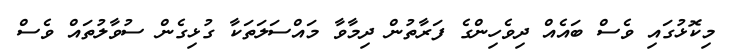
މިކޮޅުގައި ވެސް ބައެއް ދިވެހިންގެ ފަރާތުން ދިމާވާ މައްސަލަތަކާ ގުޅިގެން ސުވާލުތައް ވެސް